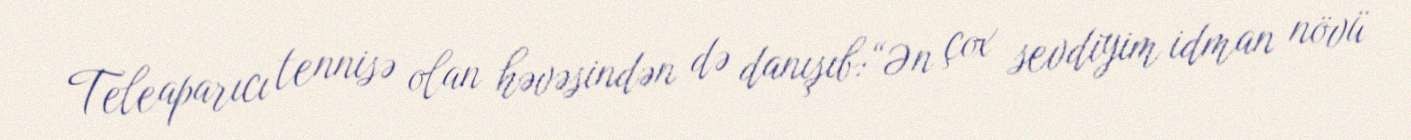
Teleaparıcı tennisə olan həvəsindən də danışıb:“Ən çox sevdiyim idman növü